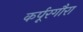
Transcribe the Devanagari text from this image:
कर्पूरगौरा